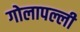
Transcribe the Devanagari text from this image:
गोलापल्ली